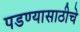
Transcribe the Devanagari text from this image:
पडण्यासाठीचे